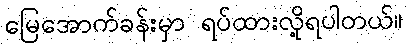
မြေအောက်ခန်းမှာ ရပ်ထားလို့ရပါတယ်။